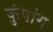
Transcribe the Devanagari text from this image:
कुंपांग